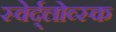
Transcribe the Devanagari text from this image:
स्वेर्द्लोव्स्क